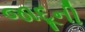
જાદૂની